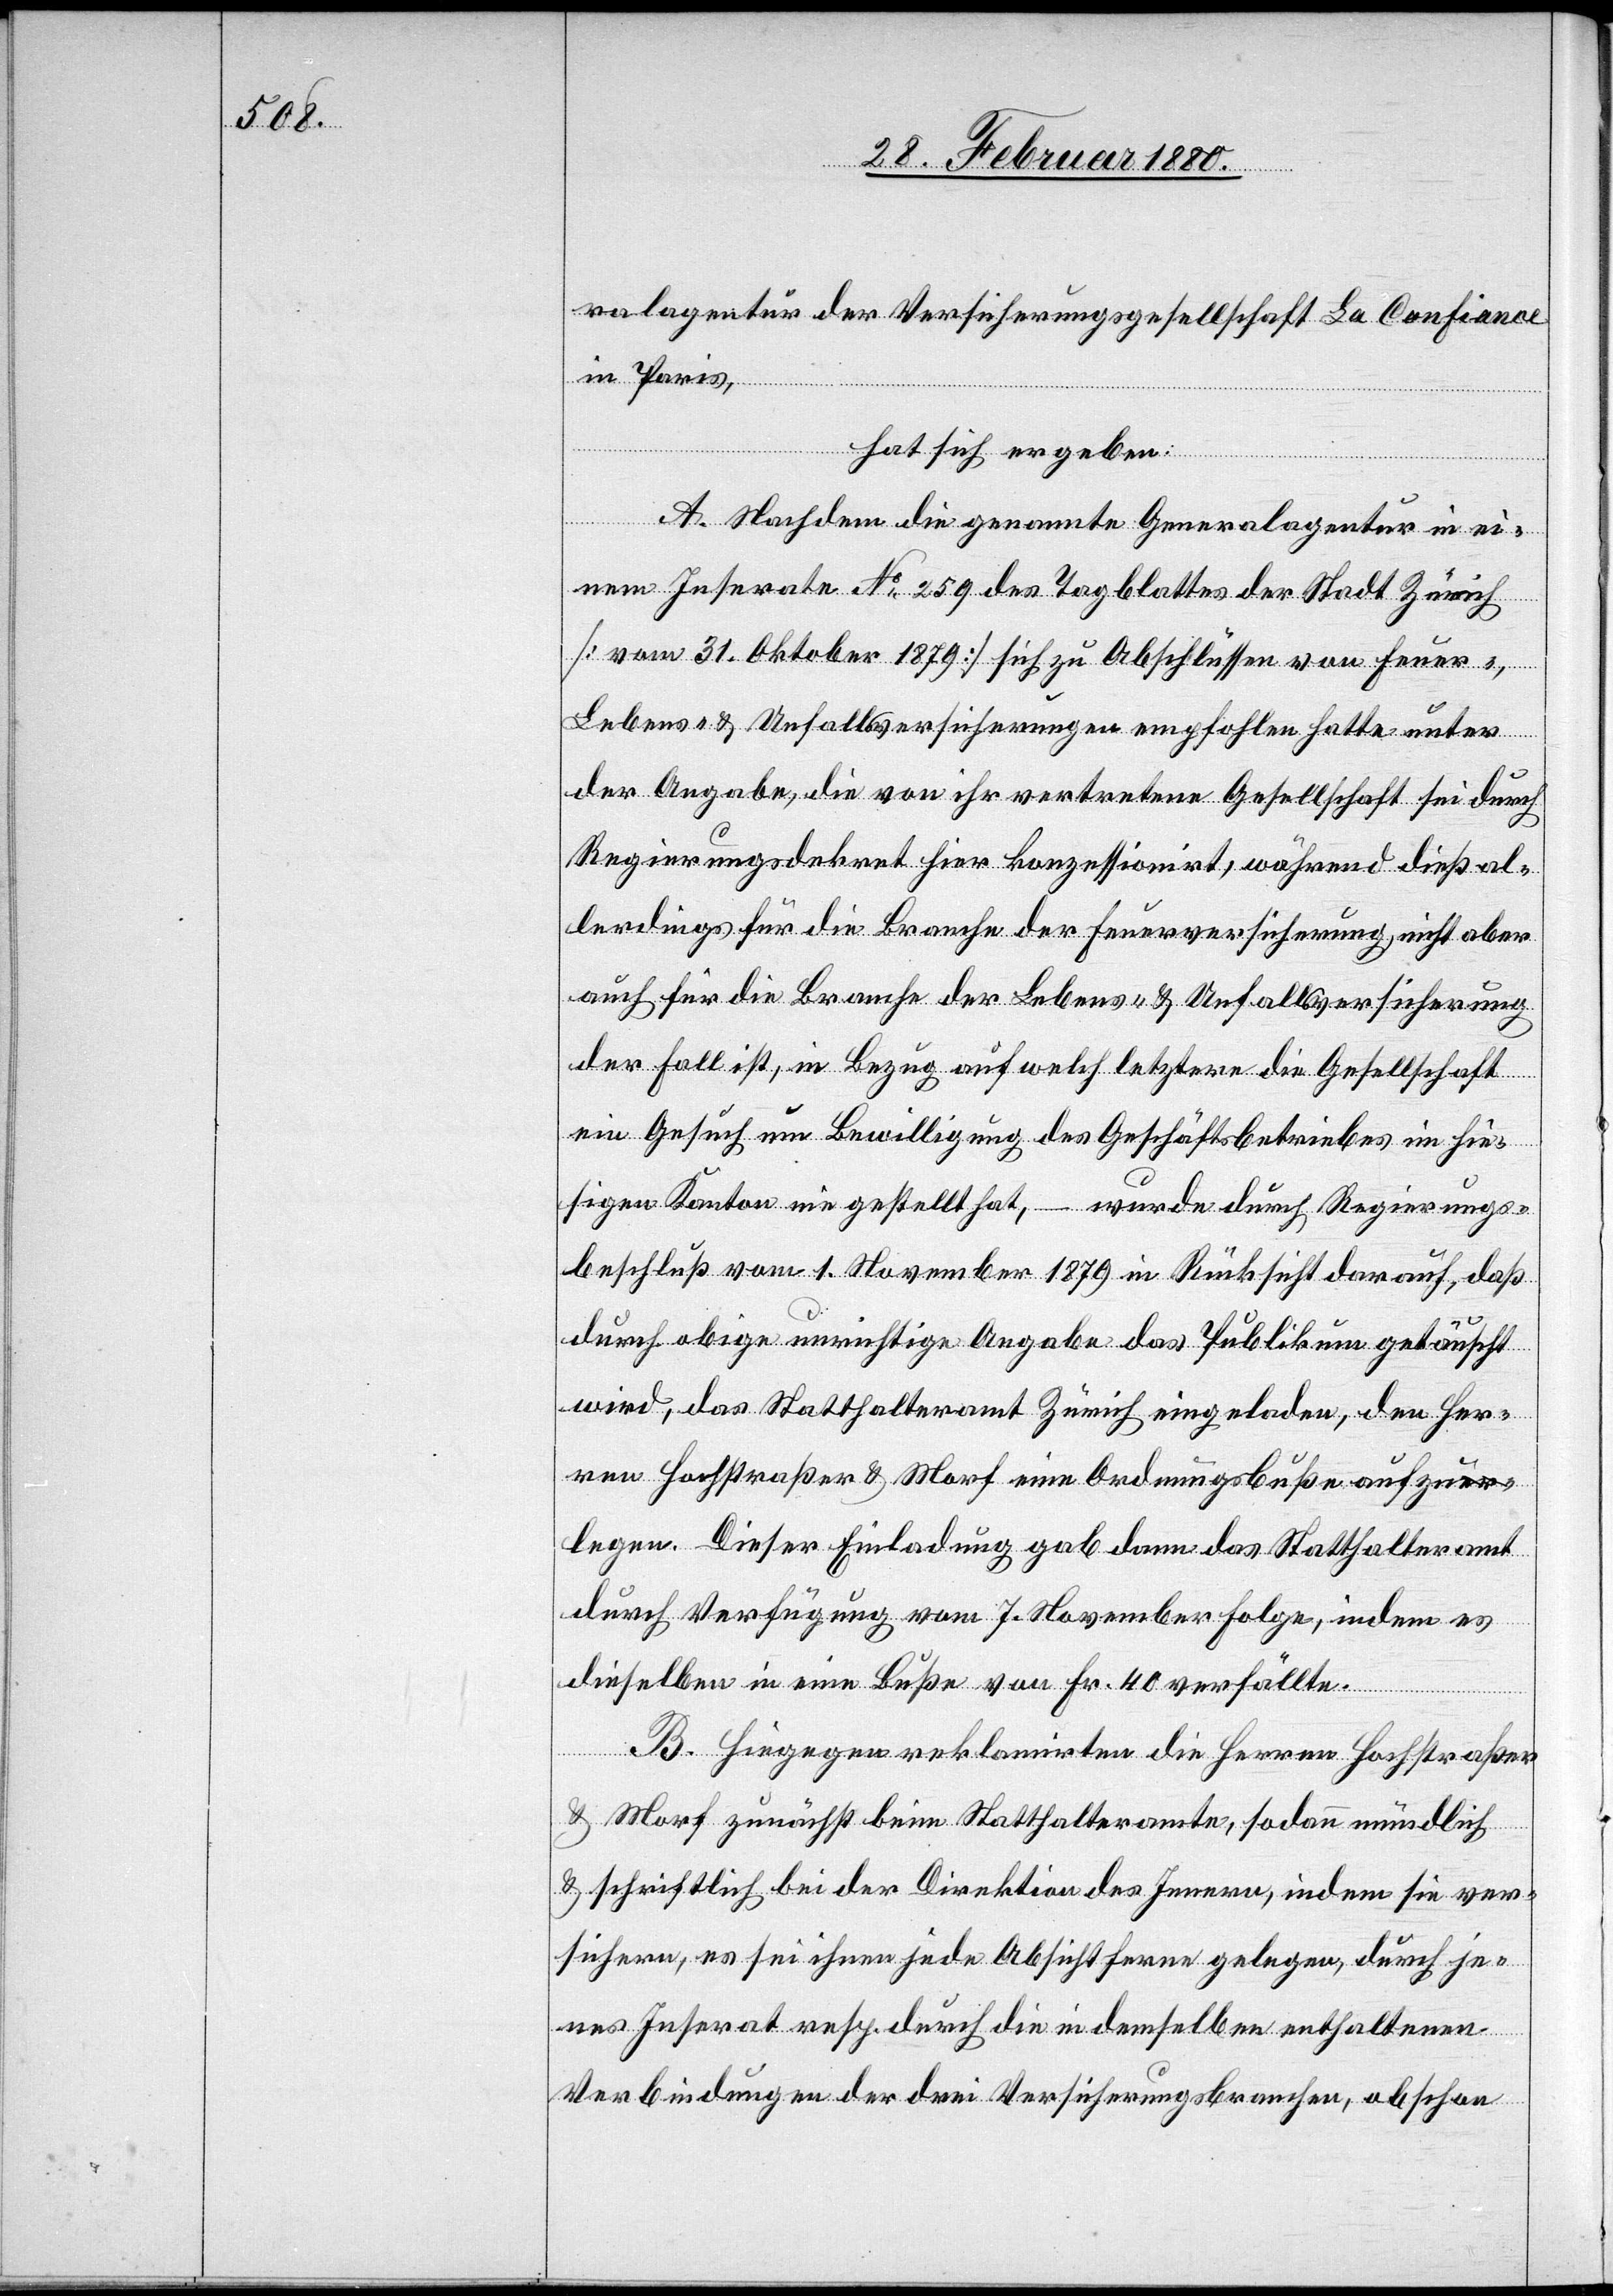
ralagentur der Versicherungsgesellschaft La Confiance
in Paris,
hat sich ergeben:
A. Nachdem die genannte Generalagentur in ei¬
nem Inserate No 259 des Tagblattes der Stadt Zürich
[vom 31. Oktober 1879] sich zu Abschlüssen von Feuer-,
Lebens- & Unfallsversicherungen empfohlen hatte unter
der Angabe, die von ihr vertretene Gesellschaft sei durch
Regierungsdekret hier konzessionirt, während dieß al¬
lerdings für die Branche der Feuerversicherung, nicht aber
auch für die Branche der Lebens- & Unfallsversicherung
der Fall ist, in Bezug auf welch letztere die Gesellschaft
ein Gesuch um Bewilligung des Geschäftsbetriebes im hie¬
sigen Kanton nie gestellt hat, – wurde durch Regierungs¬
beschluß vom 1. November 1879 in Rücksicht darauf, daß
durch obige unrichtige Angabe das Publikum getäuscht
wird, das Statthalteramt Zürich eingeladen, den Her¬
ren Hochstraßer & Morf eine Ordnungsbuße aufzua-er-a¬
legen. Dieser Einladung gab dann das Statthalteramt
durch Verfügung vom 7. November, indem es
dieselbe in eine Buße von Fr. 40 verfällte
B. Hiegegen reklamirten die Herren Hochstraßer
& Morf zunächst beim Statthalteramte, sodann mündlich
& schriftlich bei der Direktion des Innern, indem sie ver¬
sichern, es sei ihnen jede Absicht ferne gelegen, durch je¬
nes Inserat resp. durch die in demselben enthaltene
Verbindung der drei Versicherungsbranchen, obschon